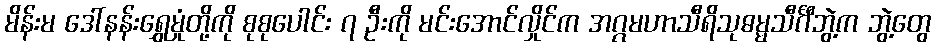
မိန်းမ ဒေါ်နန်းရွှေမှုံတို့ကို စုစုပေါင်း ၇ ဦးကို မင်းအောင်လှိုင်က အဂ္ဂမဟာသီရိသုဓမ္မသီင်္ဂီဘွဲ့က ဘွဲ့တွေ